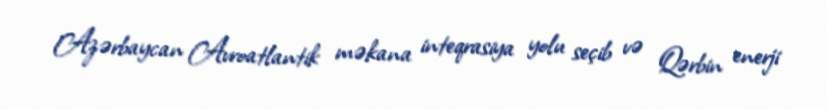
!Azərbaycan Avroatlantik məkana inteqrasiya yolu seçib və Qərbin enerji